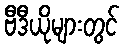
ဗီဒီယိုများတွင်